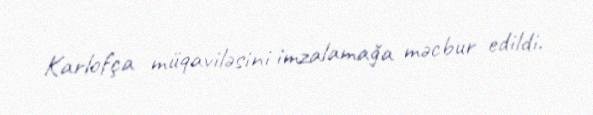
Karlofça müqaviləsini imzalamağa məcbur edildi.